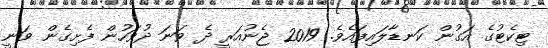
ޓިކެޓުގެ އަގުން ކަނޑާލައިފައެވެ. 2019 ޖެނުއަރީ ދެ ވަނަ ދުވަހުން ފެށިގެން ވަނީ